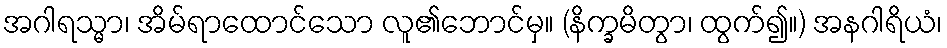
အဂါရသ္မာ၊ အိမ်ရာထောင်သော လူ၏ဘောင်မှ။ (နိက္ခမိတွာ၊ ထွက်၍။) အနဂါရိယံ၊